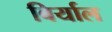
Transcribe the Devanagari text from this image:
बिर्याल